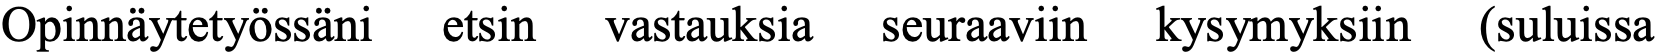
Opinnäytetyössäni etsin vastauksia seuraaviin kysymyksiin (suluissa